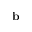
{ \bf b }